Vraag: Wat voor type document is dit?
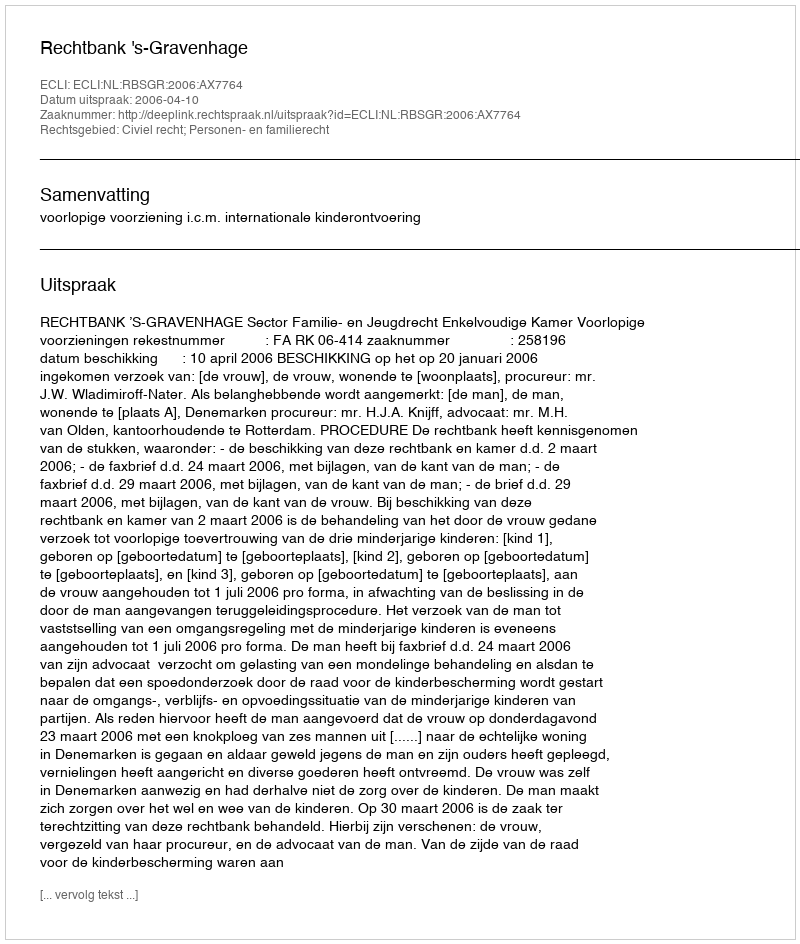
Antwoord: Uitspraak